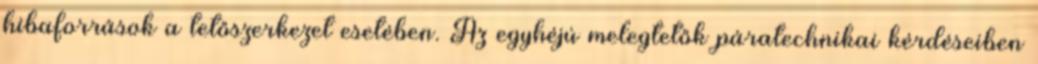
hibaforrások a tetőszerkezet esetében. Az egyhéjú melegtetők páratechnikai kérdéseiben